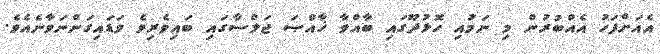
އެއަށްފަހު އެއްބުރުން މި ނަމުައި ހޮޅުދޫގައި ބާއްވާ ޚާއްޞަ ޖަލްސާގައި ބައިވެރިވެ ވަޑައިގަންނަވާނެއެވެ.